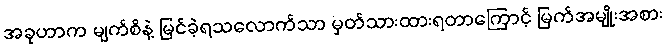
အခုဟာက မျက်စိနဲ့ မြင်ခဲ့ရသလောက်သာ မှတ်သားထားရတာကြောင့် မြက်အမျိုးအစား